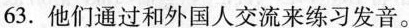
63.他们通过和外国人交流来练习发音.。